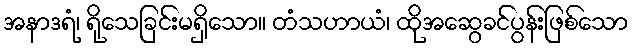
အနာဒရံ၊ ရိုသေခြင်းမရှိသော။ တံသဟာယံ၊ ထိုအဆွေခင်ပွန်းဖြစ်သော